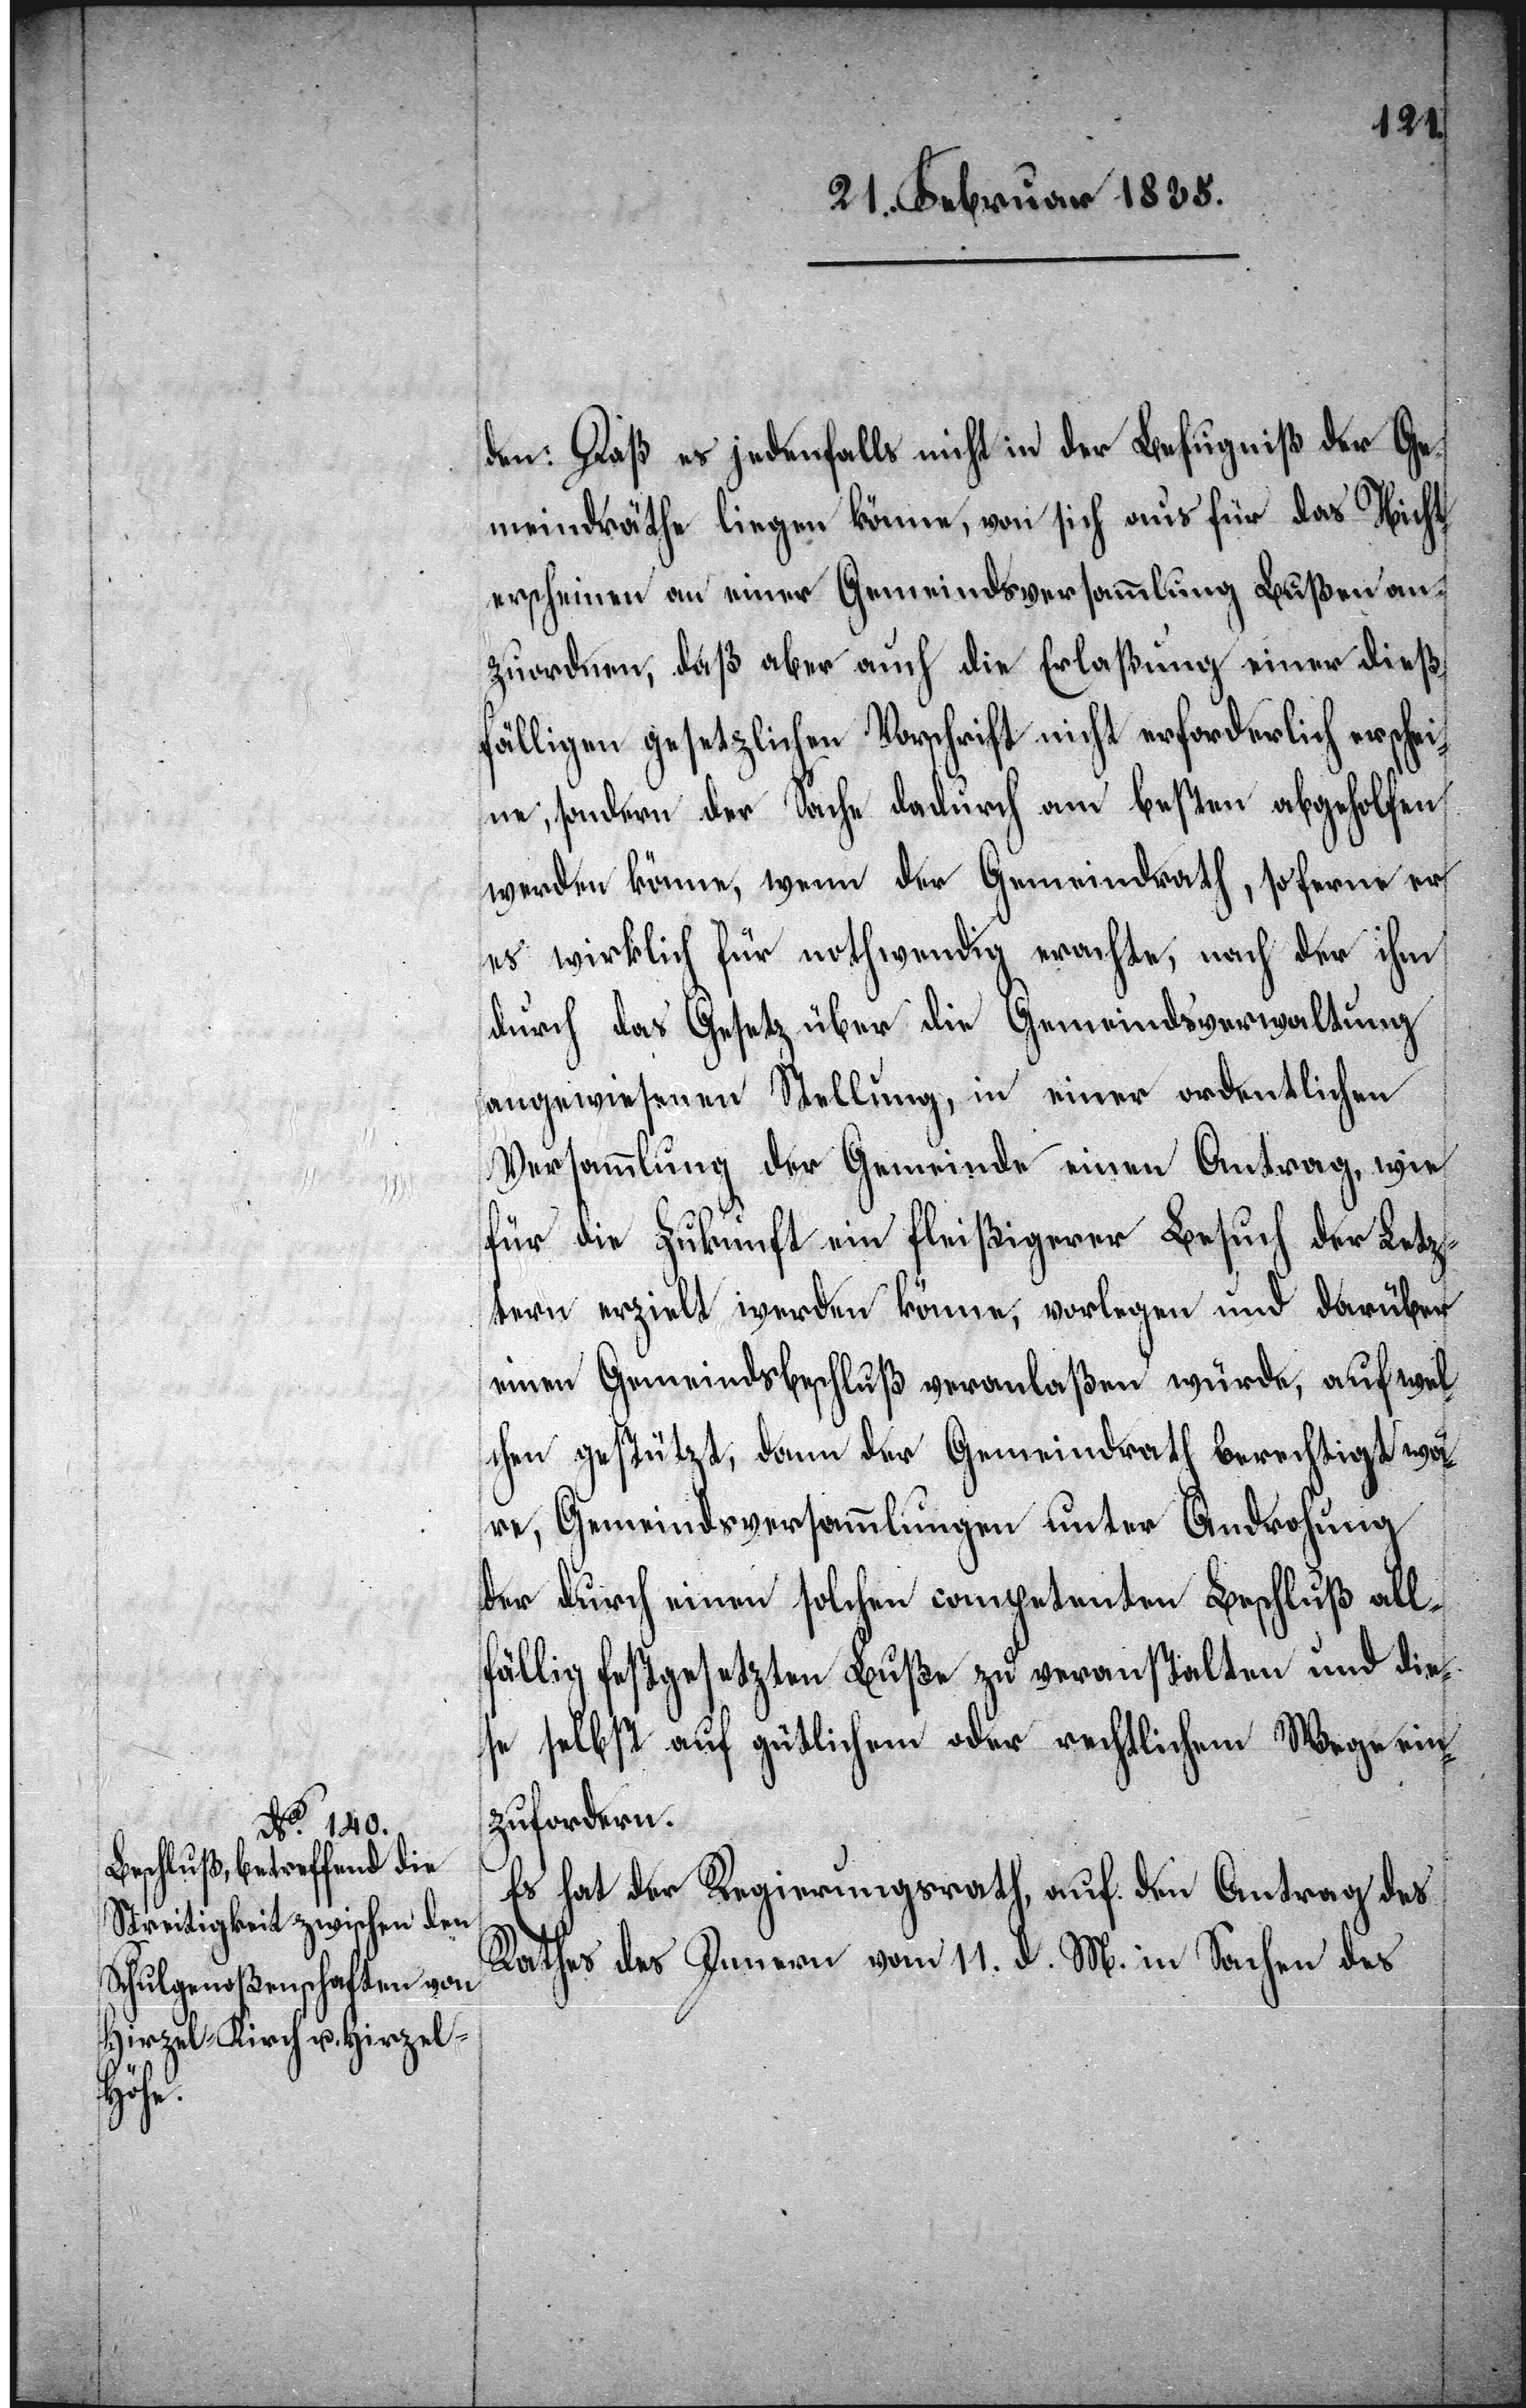
den: Daß es jedenfalls nicht in der Befugniß der Ge¬
meindsräthe liegen könne, von sich aus für das Nicht¬
erscheinen an einer Gemeindsversammlung Bußen an¬
zuordnen, daß aber auch die Erlaßung einer dießf¬
älligen gesetzlichen Vorschrift nicht erforderlich erschei¬
ne, sondern der Sache dadurch am besten abgeholfen
werden könne, wenn der Gemeindrath, soferne er
es wirklich für nothwendig erachte, nach der ihm
durch das Gesetz über die Gemeindsverwaltung
angewiesenen Stellung, in einer ordentlichen
Versammlung der Gemeinde einen Antrag, wie
für die Zukunft ein fleißiger Besuch der Letz¬
tern erzielt werden könne, vorlegen und darüber
einen Gemeindsbeschluß veranlaßen würde, auf wel¬
chen gestützt, dann der Gemeindrath berechtigt wä¬
re, Gemeindsversammlungen unter Androhung
der durch einen solchen competenten Beschluß all¬
fällig festgesetzten Buße zu veranstalten und die¬
se selbst auf gütlichem oder rechtlichem Wege ein¬
zufordern.
Es hat der Regierungsrath, auf den Antrag des
Rathes des Innern vom 11. d. M. in Sachen des